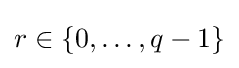
r\in \{0,\ldots ,q-1\}